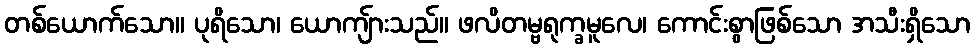
တစ်ယောက်သော။ ပုရိသော၊ ယောကျ်ားသည်။ ဖလိတမ္ဗရုက္ခမူလေ၊ ကောင်းစွာဖြစ်သော အသီးရှိသော